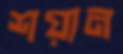
শয়ান